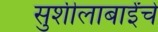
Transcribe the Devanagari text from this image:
सुशीलाबाईंचे